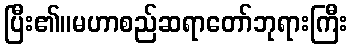
ပြီး၏။မဟာစည်ဆရာတော်ဘုရားကြီး